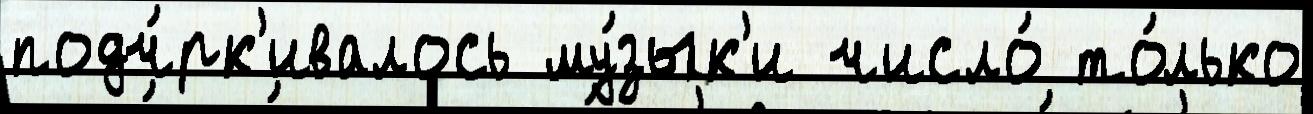
подч́рк'ивалось му́зык'и число́ то́лько